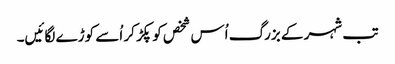
تب شہر کے بزرگ اُس شخص کو پکڑ کر اُسے کوڑے لگائیں۔